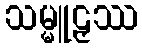
သမ္မူဠှဿ